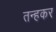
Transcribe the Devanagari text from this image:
तन्हकर